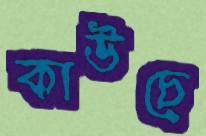
কাউচে